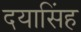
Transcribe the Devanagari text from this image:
दयासिंह